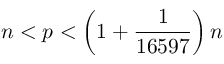
n < p < \left( 1 + { \frac { 1 } { 1 6 5 9 7 } } \right) n